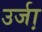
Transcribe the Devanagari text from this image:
उर्जा़